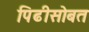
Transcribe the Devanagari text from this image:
पिढीसोबत